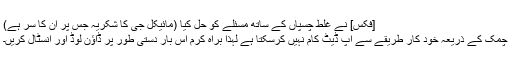
[فکس] نے غلط چسپاں کے ساتھ مسئلے کو حل کیا (مائیکل جی کا شکریہ جس پر ان کا سر ہے)
چمک کے ذریعہ خود کار طریقے سے اپ ڈیٹ کام نہیں کرسکتا ہے لہذا براہ کرم اس بار دستی طور پر ڈاؤن لوڈ اور انسٹال کریں۔